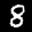
Digit: 8